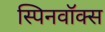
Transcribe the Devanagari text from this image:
स्पिनवॉक्स